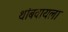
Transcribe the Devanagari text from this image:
थांबवायला